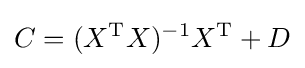
C=(X^{\operatorname {T} }X)^{-1}X^{\operatorname {T} }+D